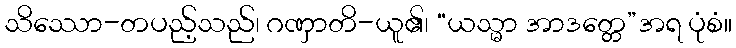
သိဿော-တပည့်သည်၊ ဂဏှာတိ-ယူ၏၊ “ယသ္မာ အာဒတ္တေ”အရ ပုံစံ။